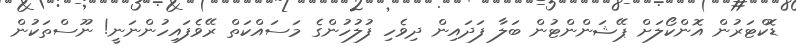
ޑޮކްޓަރުން އޮންކޯލަށް ޕޭޝަންންޓުން ބަލާ ފަދައިން ދިވެހި ފުލުހުންގެ މަސައްކަތް ރޭވެފައިހުންނަނީ! ނޫސްތަކުން